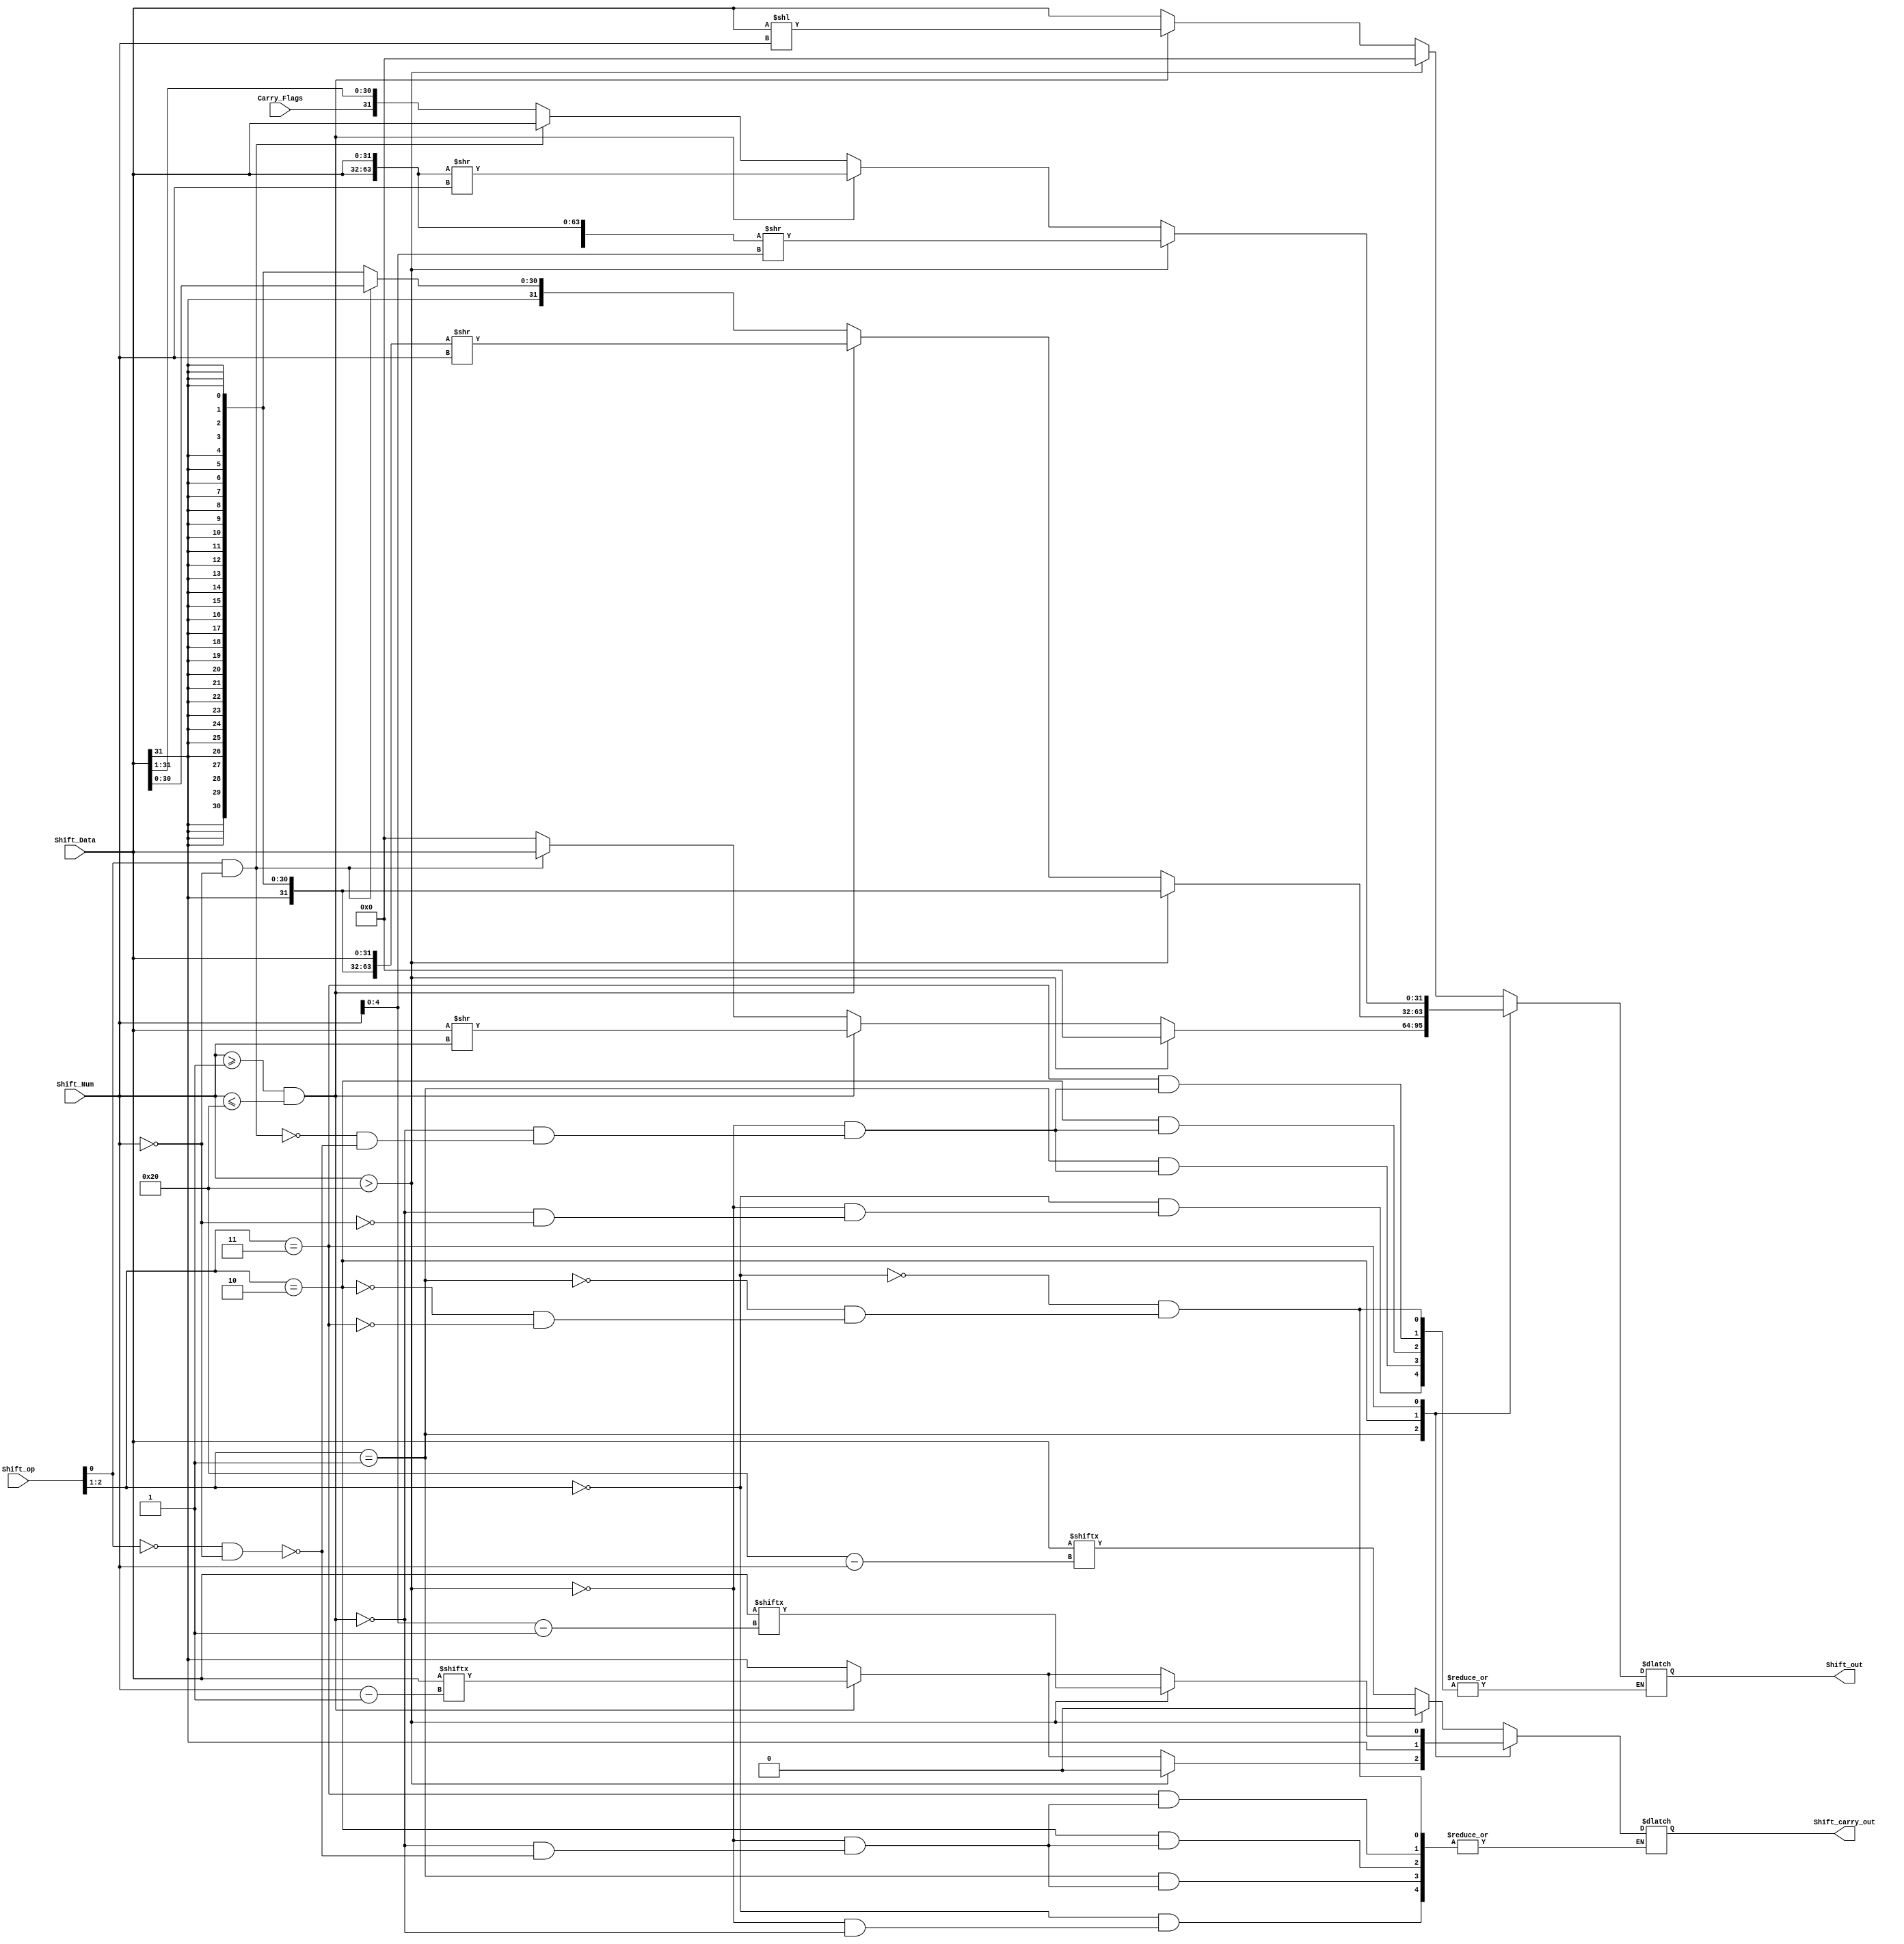
`timescale 1ns / 1ps
//////////////////////////////////////////////////////////////////////////////////
// Company: 
// Engineer: 
// 
// Design Name: 
// Module Name:    Barrel_Shift 
// Project Name: 
// Target Devices: 
// Tool versions: 
// Description: 
//
// Dependencies: 
//
// Revision: 
// Revision 0.01 - File Created
// Additional Comments: 
//
//////////////////////////////////////////////////////////////////////////////////
module Barrel_Shift(
	input  [31:0]      Shift_Data,
	input  [7:0]       Shift_Num,
	input              Carry_Flags,
	input  [2:0]       Shift_op,
	
	output reg [31:0]  Shift_out,
	output reg         Shift_carry_out
    );
	 always@(*)
	 begin
		case(Shift_op[2:1])
			2'b00: 
			begin
				if(Shift_Num == 0)
						Shift_out <= Shift_Data;
				if(Shift_Num >= 1 && Shift_Num <= 32)
					begin
						Shift_out <= Shift_Data << Shift_Num;
						Shift_carry_out <= Shift_Data[32-Shift_Num];
					end
				if(Shift_Num > 32)
					begin
						Shift_out <= 0;
						Shift_carry_out <= 0;
					end
			end
			2'b01: 
			begin
				if(Shift_op[0] == 0 && Shift_Num == 0)
					begin
						Shift_out <= 0;
						Shift_carry_out <= Shift_Data[31];
					end
				if(Shift_op[0] == 1 && Shift_Num == 0)
					Shift_out <= Shift_Data;
				if(Shift_Num >= 1 && Shift_Num <= 32)
					begin
						Shift_out <= Shift_Data >> Shift_Num;
						Shift_carry_out <= Shift_Data[Shift_Num-1];
					end
				if(Shift_Num > 32)
					begin
						Shift_out <= 0;
						Shift_carry_out <= 0;
					end
			end
			2'b10: 
			begin
				if(Shift_op[0] == 0 && Shift_Num == 0)
					begin
						Shift_out <= {32{Shift_Data[31]}};
						Shift_carry_out <= Shift_Data[31];
					end
				if(Shift_op[0] == 1 &&Shift_Num == 0)
					Shift_out <= Shift_Data;
				if(Shift_Num >= 1 && Shift_Num <=32)
					begin
						Shift_out <= {{32{Shift_Data[31]}},Shift_Data} >> Shift_Num;
						Shift_carry_out <= Shift_Data[31];
					end
				if(Shift_Num >32)
					begin
						Shift_out <= {32{Shift_Data[31]}};
						Shift_carry_out <= Shift_Data[31];
					end
			end
			2'b11:
			begin
				if(Shift_op[0] == 0 && Shift_Num == 0)
					begin
						Shift_out <= {Carry_Flags,Shift_Data[31:1]};
						Shift_carry_out <= Shift_Data[31];
					end
				if(Shift_op[0] == 1 && Shift_Num == 0)
						Shift_out <= Shift_Data;
				if(Shift_Num >= 1 && Shift_Num <=32)
					begin
						Shift_out <= {Shift_Data,Shift_Data} >> Shift_Num;
						Shift_carry_out <= Shift_Data[Shift_Num-1];
					end
				if(Shift_Num > 32)
					begin
						Shift_out <= {{32{Shift_Data}},Shift_Data} >> Shift_Num[4:0];
						Shift_carry_out <= Shift_Data[Shift_Num[4:0]-1];
					end
			end
					
		endcase
	 
	 end

endmodule